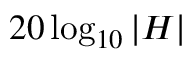
2 0 \log _ { 1 0 } | H |